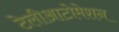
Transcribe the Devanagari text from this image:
टेलीआटोमेशन